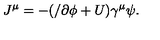
J ^ { \mu } = - ( / \partial \phi + U ) \gamma ^ { \mu } \psi .